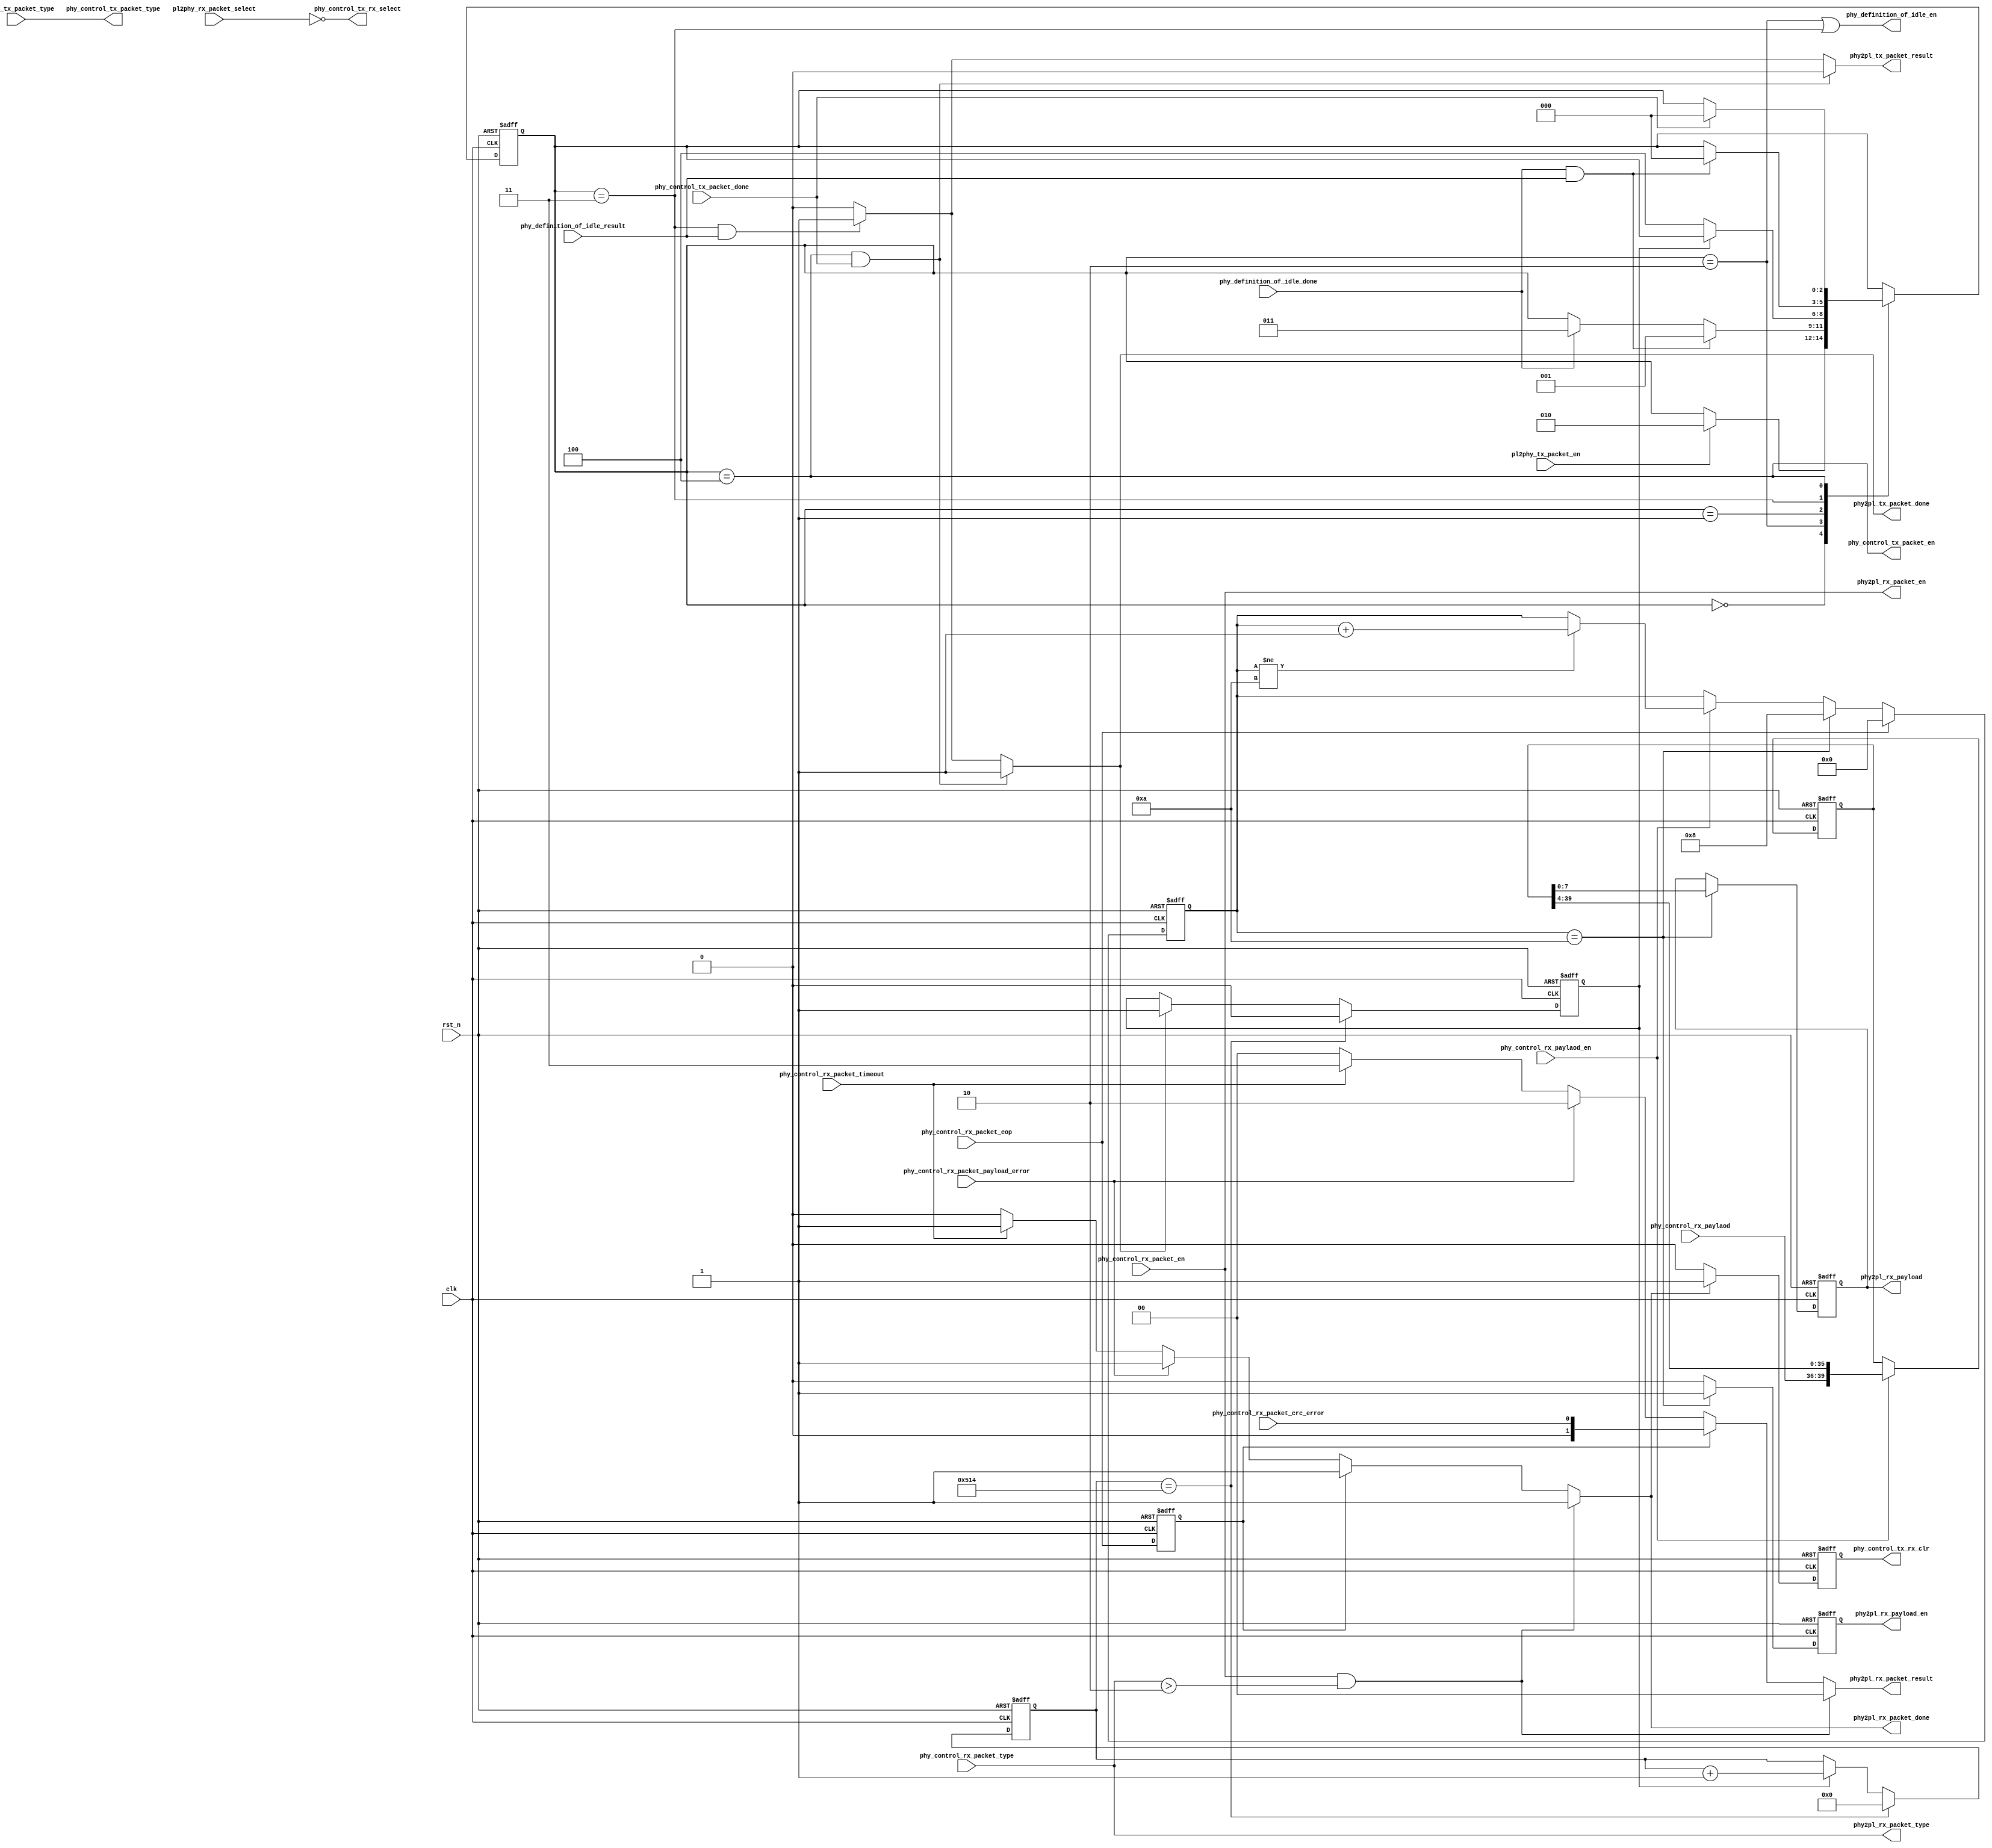
module phy_control_tx_rx(
    clk,
    rst_n,

    phy_control_tx_rx_select,
    phy_control_tx_rx_clr,

    //tx
    pl2phy_tx_packet_en,
    pl2phy_tx_packet_type,
    phy2pl_tx_packet_done,
    phy2pl_tx_packet_result,

    phy_control_tx_packet_en,
    phy_control_tx_packet_type,
    phy_control_tx_packet_done,

    phy_definition_of_idle_en,
    phy_definition_of_idle_done,
    phy_definition_of_idle_result,

    //rx
    pl2phy_rx_packet_select,
    phy2pl_rx_packet_en,
    phy2pl_rx_packet_type,
    phy2pl_rx_packet_done,
    phy2pl_rx_packet_result,

    //rx payload
    phy2pl_rx_payload,
    phy2pl_rx_payload_en,

    phy_control_rx_packet_en,
    phy_control_rx_packet_type,
    phy_control_rx_paylaod,
    phy_control_rx_paylaod_en,
    phy_control_rx_packet_eop,
    phy_control_rx_packet_crc_error,
    phy_control_rx_packet_payload_error,
    phy_control_rx_packet_timeout

    );

input     clk;
input     rst_n;

output    phy_control_tx_rx_select;
output    phy_control_tx_rx_clr;

//tx
input     pl2phy_tx_packet_en;
input     [2:0] pl2phy_tx_packet_type;
output    phy2pl_tx_packet_done;
output    phy2pl_tx_packet_result;

output    phy_control_tx_packet_en;
output    [2:0] phy_control_tx_packet_type;
input     phy_control_tx_packet_done;

output    phy_definition_of_idle_en;
input     phy_definition_of_idle_done;
input     phy_definition_of_idle_result;

//rx
input     pl2phy_rx_packet_select;
output    phy2pl_rx_packet_en;
output    [2:0] phy2pl_rx_packet_type;
output    phy2pl_rx_packet_done;
output    [1:0] phy2pl_rx_packet_result;
//rx payload
output    phy2pl_rx_payload_en;
output    [7:0] phy2pl_rx_payload;


input     phy_control_rx_packet_en;
input     [2:0] phy_control_rx_packet_type;
input     phy_control_rx_paylaod_en;
input     [3:0] phy_control_rx_paylaod;
input     phy_control_rx_packet_eop;
input     phy_control_rx_packet_crc_error;
input     phy_control_rx_packet_payload_error;
input     phy_control_rx_packet_timeout;

localparam INTER_FRAME_GAP     = 11'd1300;

localparam CTL_TX_IDLE         = 3'h0;
localparam CTL_TX_INTER_GAP    = 3'h1;
localparam CTL_TX_CHECK_CC     = 3'h2;
localparam CTL_TX_WAIT_CC_IDLE = 3'h3;
localparam CTL_TX_TRANSFER     = 3'h4;


reg       phy2pl_tx_packet_done;
reg       phy2pl_tx_packet_result;

reg       phy2pl_rx_packet_done;
reg       [1:0] phy2pl_rx_packet_result;
reg       phy2pl_rx_payload_en;
reg       [7:0] phy2pl_rx_payload;

//reg       phy_control_tx_rx_select;
reg       phy_control_tx_rx_clr;

reg       [2:0] phy_ctl_tx_cur_st;
reg       [2:0] phy_ctl_tx_nxt_st;

wire      phy_ctl_tx_cur_is_inter_gap;
wire      phy_ctl_tx_cur_is_check_cc;
wire      phy_ctl_tx_cur_is_wait_cc_idle;
wire      phy_ctl_tx_cur_is_transfer;

reg       phy_control_rx_packet_eop_dly;
reg       [10:0] phy_inter_frame_gap_timer;
reg       phy_inter_frame_gap_timer_keep;
wire      phy_inter_frame_gap_timer_done;

reg       phy_control_rx_paylaod_en_reg;
reg       [3:0] phy_control_rx_paylaod_reg;
reg       [39:0] phy_control_rx_paylaod_buffer;
reg       [3:0] phy_control_rx_paylaod_buffer_cnt;
//========================================================================================
//========================================================================================
//              inter frame gap control
//========================================================================================
//========================================================================================

always @(posedge clk or negedge rst_n) begin
       if(!rst_n) begin
              phy_inter_frame_gap_timer_keep <= 1'b0;
       end
       else if(phy_inter_frame_gap_timer_done) begin
              phy_inter_frame_gap_timer_keep <= 1'b0;
       end
       else if(phy2pl_tx_packet_done) begin
              phy_inter_frame_gap_timer_keep <= 1'b1;
       end
end

always @(posedge clk or negedge rst_n) begin
       if(!rst_n) begin
              phy_inter_frame_gap_timer <= 11'b0;
       end
       else if(phy_inter_frame_gap_timer_done) begin
              phy_inter_frame_gap_timer <= 11'b0;
       end
       else if(phy_inter_frame_gap_timer_keep) begin
              phy_inter_frame_gap_timer <= phy_inter_frame_gap_timer + 1'b1;
       end
end

assign    phy_inter_frame_gap_timer_done        = (phy_inter_frame_gap_timer == INTER_FRAME_GAP);

//========================================================================================
//========================================================================================
//              definition of idle control
//========================================================================================
//========================================================================================

assign    phy_definition_of_idle_en        = phy_ctl_tx_cur_is_check_cc || phy_ctl_tx_cur_is_wait_cc_idle;
//========================================================================================
//========================================================================================
//              TX control state machine
//========================================================================================
//========================================================================================
always @(posedge clk or negedge rst_n) begin
       if(!rst_n) begin
              phy_ctl_tx_cur_st <= CTL_TX_IDLE;
       end
       else begin
              phy_ctl_tx_cur_st <= phy_ctl_tx_nxt_st;
       end
end

always @(*) begin
        phy_ctl_tx_nxt_st = phy_ctl_tx_cur_st;

        case(phy_ctl_tx_cur_st)
          CTL_TX_IDLE: begin
            if(pl2phy_tx_packet_en) begin
               phy_ctl_tx_nxt_st = CTL_TX_CHECK_CC;
            end
          end
          CTL_TX_CHECK_CC: begin
            if(phy_definition_of_idle_done && phy_definition_of_idle_result) begin
             phy_ctl_tx_nxt_st = CTL_TX_INTER_GAP;
            end
            else if(phy_definition_of_idle_done) begin
             phy_ctl_tx_nxt_st = CTL_TX_WAIT_CC_IDLE;
            end
          end
          CTL_TX_INTER_GAP: begin
            if(!phy_inter_frame_gap_timer_keep) begin
             phy_ctl_tx_nxt_st = CTL_TX_TRANSFER;
            end
          end
          CTL_TX_WAIT_CC_IDLE: begin
            if(phy_definition_of_idle_done && phy_definition_of_idle_result) begin
             phy_ctl_tx_nxt_st = CTL_TX_IDLE;
            end
          end
          CTL_TX_TRANSFER: begin
            if(phy_control_tx_packet_done) begin
             phy_ctl_tx_nxt_st = CTL_TX_IDLE;
            end
          end
	  default;
        endcase
end

assign    phy_ctl_tx_cur_is_inter_gap        = (phy_ctl_tx_cur_st == CTL_TX_INTER_GAP);
assign    phy_ctl_tx_cur_is_check_cc         = (phy_ctl_tx_cur_st == CTL_TX_CHECK_CC);
assign    phy_ctl_tx_cur_is_wait_cc_idle     = (phy_ctl_tx_cur_st == CTL_TX_WAIT_CC_IDLE);
assign    phy_ctl_tx_cur_is_transfer         = (phy_ctl_tx_cur_st == CTL_TX_TRANSFER);
//========================================================================================
//========================================================================================
//              TX control interface
//========================================================================================
//========================================================================================

always @(*) begin

          phy2pl_tx_packet_done      = 1'b0;
          phy2pl_tx_packet_result    = 1'b0;

      if(phy_ctl_tx_cur_is_transfer && phy_control_tx_packet_done) begin
          phy2pl_tx_packet_done      = 1'b1;
      end
      else if(phy_ctl_tx_cur_is_wait_cc_idle && phy_definition_of_idle_result) begin
          phy2pl_tx_packet_done      = 1'b1;
          phy2pl_tx_packet_result    = 1'b1;
      end
end

assign    phy_control_tx_packet_en        = phy_ctl_tx_cur_is_transfer;
assign    phy_control_tx_packet_type      = pl2phy_tx_packet_type;

//========================================================================================
//========================================================================================
//              RX control interface
//========================================================================================
//========================================================================================
always @(posedge clk or negedge rst_n) begin
       if(!rst_n) begin
              phy_control_rx_packet_eop_dly <= 1'b0;
       end
       else begin
              phy_control_rx_packet_eop_dly <= phy_control_rx_packet_eop;
       end
end


always @(*) begin

          phy2pl_rx_packet_done      = 1'h0;
          phy2pl_rx_packet_result    = 2'h0;

      if(phy_control_rx_packet_en && (phy_control_rx_packet_type > 3'h2)) begin
          phy2pl_rx_packet_done      = 1'h1;
      end
      else if(phy_control_rx_packet_eop_dly) begin
          phy2pl_rx_packet_done      = 1'h1;
          phy2pl_rx_packet_result    = {1'h0, phy_control_rx_packet_crc_error};
      end
      else if(phy_control_rx_packet_payload_error) begin
          phy2pl_rx_packet_done      = 1'h1;
          phy2pl_rx_packet_result    = 2'h2;
      end
      else if(phy_control_rx_packet_timeout) begin
          phy2pl_rx_packet_done      = 1'h1;
          phy2pl_rx_packet_result    = 2'h3;
      end
end

assign    phy2pl_rx_packet_en        = phy_control_rx_packet_en;
assign    phy2pl_rx_packet_type      = phy_control_rx_packet_type;

//========================================================================================
//========================================================================================
//              RX Payload interface
//========================================================================================
//========================================================================================
always @(posedge clk or negedge rst_n) begin
       if(!rst_n) begin
              phy_control_rx_paylaod_buffer_cnt <= 4'b0;
       end
       else if(phy_control_rx_packet_eop) begin
              phy_control_rx_paylaod_buffer_cnt <= 4'b0;
       end
       else if(phy_control_rx_paylaod_buffer_cnt == 4'ha) begin
              phy_control_rx_paylaod_buffer_cnt <= 4'h8;
       end
       else if(phy_control_rx_paylaod_en) begin
           if(phy_control_rx_paylaod_buffer_cnt != 4'ha) begin
              phy_control_rx_paylaod_buffer_cnt <= phy_control_rx_paylaod_buffer_cnt + 1'b1;
           end
       end
end

always @(posedge clk or negedge rst_n) begin
       if(!rst_n) begin
              phy_control_rx_paylaod_buffer <= 40'b0;
       end
       else if(phy_control_rx_paylaod_en) begin
              phy_control_rx_paylaod_buffer <= {phy_control_rx_paylaod, phy_control_rx_paylaod_buffer[39:4]};
       end
end

always @(posedge clk or negedge rst_n) begin
       if(!rst_n) begin
              phy2pl_rx_payload_en <= 1'b0;
              phy2pl_rx_payload <= 8'b0;
       end
       else if(phy_control_rx_paylaod_buffer_cnt == 4'ha) begin
              phy2pl_rx_payload_en <= 1'b1;
              phy2pl_rx_payload <= phy_control_rx_paylaod_buffer[7:0];
       end
       else begin
              phy2pl_rx_payload_en <= 1'b0;
       end
end


//========================================================================================
//========================================================================================
//               tx rx control
//========================================================================================
//========================================================================================

//always @(posedge clk or negedge rst_n) begin
//       if(!rst_n) begin
//              phy_control_tx_rx_select <= 1'b1;
//       end
//       else if(pl2phy_rx_packet_select) begin
//              phy_control_tx_rx_select <= 1'b0;
//       end
//       else if(phy2pl_rx_packet_done) begin
//              phy_control_tx_rx_select <= 1'b1;
//       end
//end

assign  phy_control_tx_rx_select =  !pl2phy_rx_packet_select;

always @(posedge clk or negedge rst_n) begin
       if(!rst_n) begin
              phy_control_tx_rx_clr <= 1'b0;
       end
       else if(phy2pl_rx_packet_done) begin
              phy_control_tx_rx_clr <= 1'b1;
       end
       else begin
              phy_control_tx_rx_clr <= 1'b0;
       end
end

endmodule